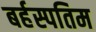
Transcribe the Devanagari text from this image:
बर्हस्पतिम